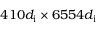
4 1 0 d _ { \mathrm { i } } \times 6 5 5 4 d _ { \mathrm { i } }